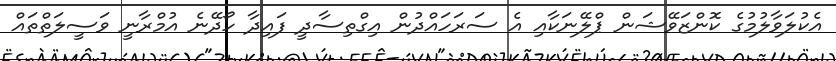
އެކުލަވާލުމުގެ ކޮންޒަވޭޝަން ޕްލޭނަކާއި އެ ސަރަހައްދުން އިގްތިސާދީ ފައިދާ ހޯދޭނެ އުމްރާނީ ވަސީލަތްތައް